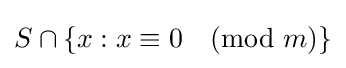
S\cap \{x:x\equiv 0{\pmod {m}}\}